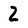
Character: 2